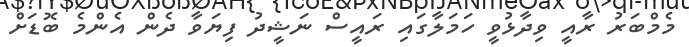
މެމްބަރު ރާއީ ވިދާޅުވީ ހަމަލާގައި ރައީސް ނަޝީދު ފިޔަވާ ދެން އެންމެ ބޮޑަށް